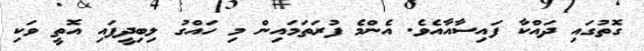
ގޮތުގައި ދައްކާ ފައިސާއާއެވެ. އެންމެ ފުރަތަމައިން މި ހައްގު ލިބިދީފައި އޮތީ ވަކި